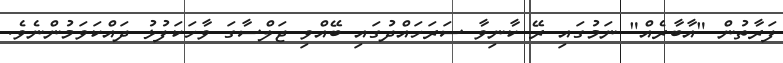
ފަރާތުން "އާބާރެއް" ނަމުގައި ރޭ ކާނިވާ ސަރަހައްދުގައި ބޭއްވި ޖަލްސާގަ ވާހަކަފުޅު ދައްކަވަމުންނެވެ.